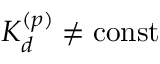
K _ { d } ^ { ( p ) } \neq \mathrm { { c o n s t } }